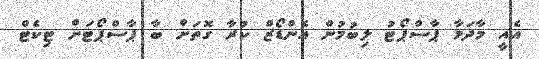
އެއީ މާދަމާ ޕާސްޕޯޓު ލިބުމުން އެންޑޯޒް ކުރާ ގޮތަށް ބާ ޕާސްޕޯޓަށް ޓިކެޓް